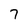
Character: 7